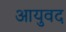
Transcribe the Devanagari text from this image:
आयुवद